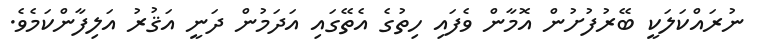
ނުރައްކަލަކީ ބޭރުފުށުން އޮމާން ވެފައި ހިތުގެ އެތޭގައި އަދަމުން ދަނީ އަޤުރު އަލިފާންކަމެވެ.